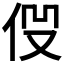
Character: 𠈧